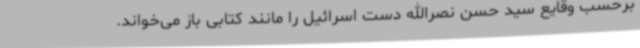
برحسب وقایع سید حسن نصرالله دست اسرائیل را مانند کتابی باز می‌خواند.